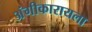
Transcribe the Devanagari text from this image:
अंगीकारायला